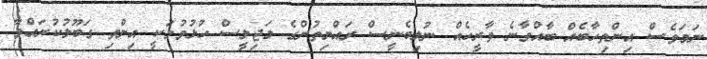
ނަމަވެސް އިންތިހާބެއް ބާއްވާނެ ތާރީހެއް ނުލިބެނީސް ރައްޔިތުންގެ މަޖިލީސް ހުޅުވުމަކީ އިންތި ގަބޫލުކުރައްވާ